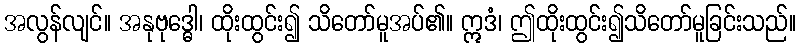
အလွန်လျင်။ အနုဗုဒ္ဓေါ၊ ထိုးထွင်း၍ သိတော်မူအပ်၏။ ဣဒံ၊ ဤထိုးထွင်း၍သိတော်မူခြင်းသည်။